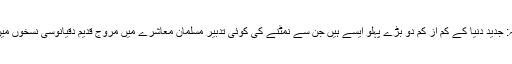
جملۂ معترضہ: جدید دنیا کے کم از کم دو بڑے پہلو ایسے ہیں جن سے نمٹنے کی کوئی تدبیر مسلمان معاشرے میں مروّج قدیم دقیانوسی نسخوں میں دستیاب نہیں۔